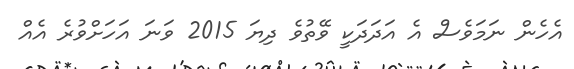
އެހެން ނަމަވެސް އެ އަދަދަކީ ވޭތުވެ ދިޔަ 2015 ވަނަ އަހަށްވުރެ އެއް